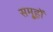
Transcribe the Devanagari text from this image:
समू्हों